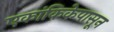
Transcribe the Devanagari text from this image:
एकांकिकेपासून